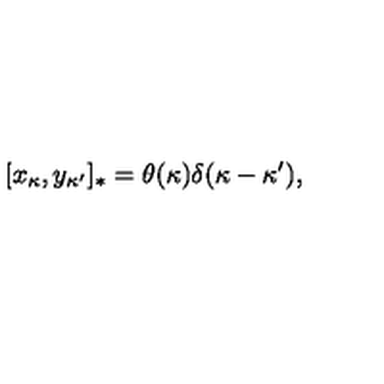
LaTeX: [ x _ { \kappa } , y _ { \kappa ^ { \prime } } ] _ { * } = \theta ( \kappa ) \delta ( \kappa - \kappa ^ { \prime } ) ,